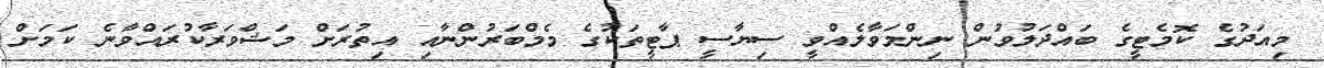
މިއަދުގެ ކޮމެޓީގެ ބައްދަލުވުން ނިންމަވާލެއްވީ ސިޔާސީ ޕާޓީތަކުގެ މެމްބަރުންނާއި އިތުރަށް މަޝްވަރާކުރައްވާނެ ކަމަށް